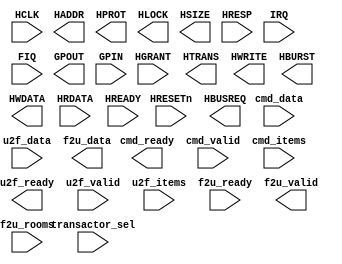
`ifdef VIVADO
`define DBG_TRX_AHB (* mark_debug="true" *)
`else
`define DBG_TRX_AHB
`endif
module trx_ahb
(
                    input   wire         HRESETn      
     ,              input   wire         HCLK         
     , `DBG_TRX_AHB output  wire         HBUSREQ      
     , `DBG_TRX_AHB input   wire         HGRANT       
     , `DBG_TRX_AHB output  wire  [31:0] HADDR        
     , `DBG_TRX_AHB output  wire  [ 3:0] HPROT        
     , `DBG_TRX_AHB output  wire  [ 1:0] HTRANS       
     , `DBG_TRX_AHB output  wire         HLOCK
     , `DBG_TRX_AHB output  wire         HWRITE       
     , `DBG_TRX_AHB output  wire  [ 2:0] HSIZE        
     , `DBG_TRX_AHB output  wire  [ 2:0] HBURST       
     , `DBG_TRX_AHB output  wire  [31:0] HWDATA  // non-justified data
     , `DBG_TRX_AHB input   wire  [31:0] HRDATA  // non-justified data
     , `DBG_TRX_AHB input   wire  [ 1:0] HRESP        
     , `DBG_TRX_AHB input   wire         HREADY       
     , `DBG_TRX_AHB input   wire         IRQ // active-high interrupt
     , `DBG_TRX_AHB input   wire         FIQ // active-high fast interrupt
     , `DBG_TRX_AHB output  wire  [15:0] GPOUT
     , `DBG_TRX_AHB input   wire  [15:0] GPIN         
     , `DBG_TRX_AHB input   wire  [ 3:0] transactor_sel
     , `DBG_TRX_AHB output  wire         cmd_ready
     , `DBG_TRX_AHB input   wire         cmd_valid
     , `DBG_TRX_AHB input   wire  [31:0] cmd_data 
     , `DBG_TRX_AHB input   wire  [15:0] cmd_items
     , `DBG_TRX_AHB output  wire         u2f_ready
     , `DBG_TRX_AHB input   wire         u2f_valid
     , `DBG_TRX_AHB input   wire  [31:0] u2f_data   // justified data
     , `DBG_TRX_AHB input   wire  [15:0] u2f_items
     , `DBG_TRX_AHB input   wire         f2u_ready 
     , `DBG_TRX_AHB output  wire         f2u_valid
     , `DBG_TRX_AHB output  wire  [33:0] f2u_data// justified data
     , `DBG_TRX_AHB input   wire  [15:0] f2u_rooms 
);
// synthesis attribute box_type trx_ahb "black_box"
endmodule